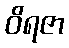
ဝိရဇာ